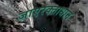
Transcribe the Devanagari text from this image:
जाएरक्ताधान